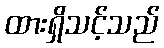
ထားရှိသင့်သည်